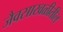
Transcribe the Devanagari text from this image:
जैवसाखळीतील